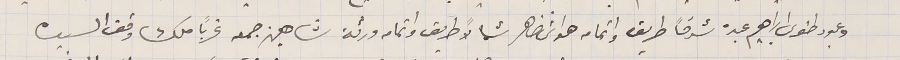
وعبود طنوس ابراهيم عبده شرقاً طريق واتمامه هواش ضاهر شمالاً طريق واتمامه ورثة شاهين جمعه غرباً ملك وقف السيده